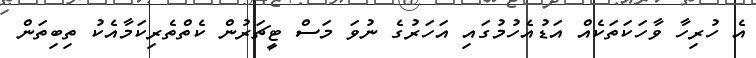
އެ ހުރިހާ ވާހަކަތަކެއް އަޑުއެހުމުގައި އަހަރުގެ ނުވަ މަސް ޓީޗަރުން ކެތްތެރިކަމާއެކު ތިބިތަން